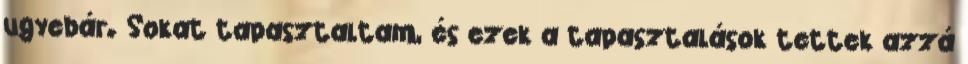
ugyebár. Sokat tapasztaltam, és ezek a tapasztalások tettek azzá